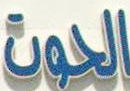
الحوت